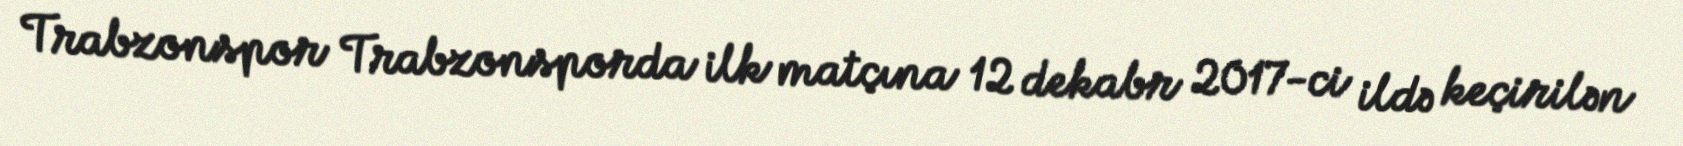
Trabzonspor Trabzonsporda ilk matçına 12 dekabr 2017-ci ildə keçirilən